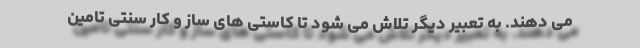
می دهند. به تعبیر دیگر تلاش می شود تا کاستی های ساز و کار سنتی تامین